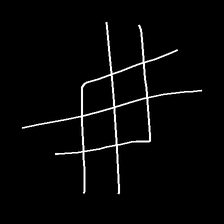
Glyph: crystal